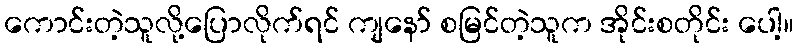
ကောင်းတဲ့သူလို့ပြောလိုက်ရင် ကျနော် စမြင်တဲ့သူက အိုင်းစတိုင်း ပေါ့။